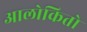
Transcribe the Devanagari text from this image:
आलोकितो